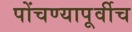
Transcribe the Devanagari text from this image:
पोंचण्यापूर्वीच